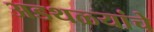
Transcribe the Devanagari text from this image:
अडथळ्यांचे